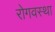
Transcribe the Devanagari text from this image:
रोगवस्था